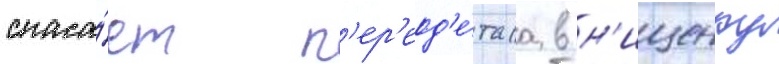
спаса́ет п'ер'еод'е́таа в н'ищенку